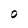
Character: O